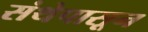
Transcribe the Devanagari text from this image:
संथेपासून